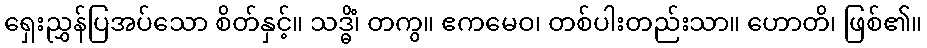
ရှေးညွှန်ပြအပ်သော စိတ်နှင့်။ သဒ္ဓိံ၊ တကွ။ ဧကမေဝ၊ တစ်ပါးတည်းသာ။ ဟောတိ၊ ဖြစ်၏။